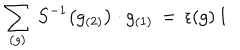
\sum _ { ( g ) } \, S ^ { - 1 } \big ( g _ { ( 2 ) } \big ) \cdot g _ { ( 1 ) } \, = \, \epsilon ( g ) \, 1